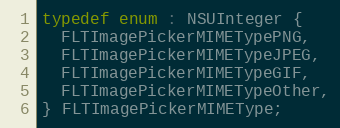
Language: C
typedef enum : NSUInteger {
  FLTImagePickerMIMETypePNG,
  FLTImagePickerMIMETypeJPEG,
  FLTImagePickerMIMETypeGIF,
  FLTImagePickerMIMETypeOther,
} FLTImagePickerMIMEType;